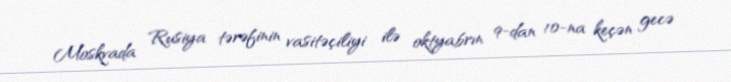
Moskvada Rusiya tərəfinin vasitəçiliyi ilə oktyabrın 9-dan 10-na keçən gecə